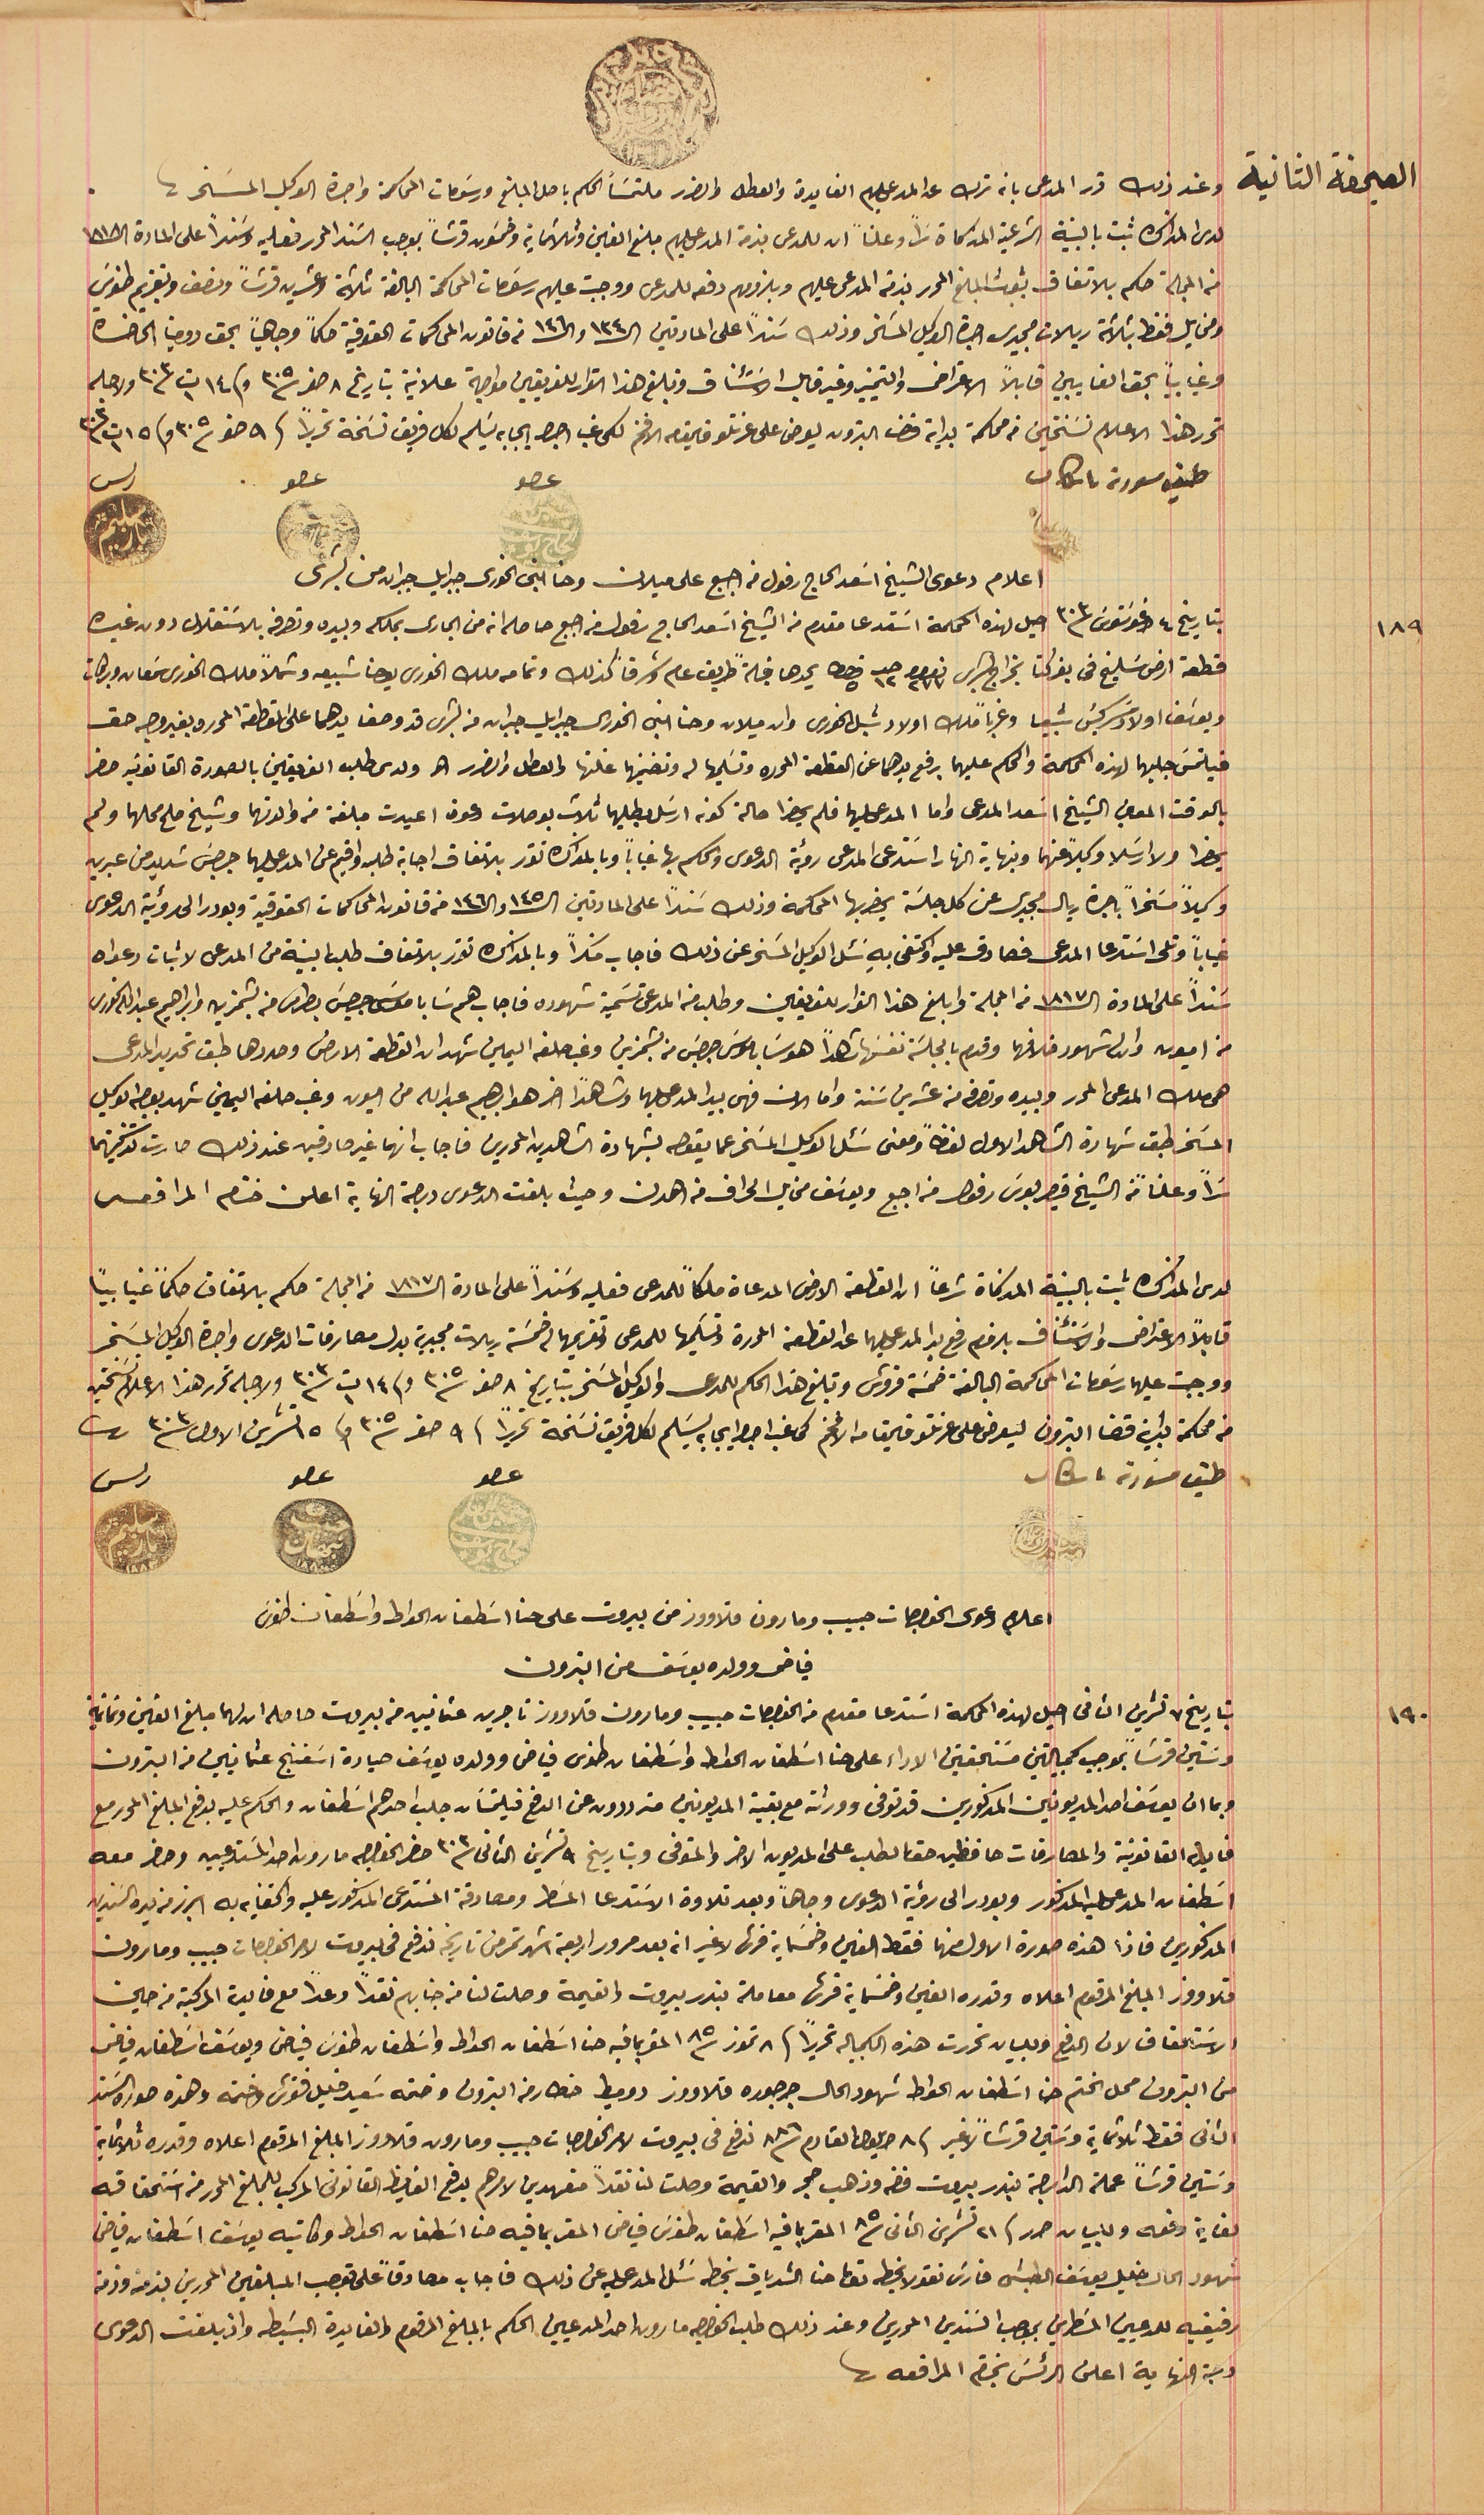
وعند ذلك قرر المدعى بانه ترك عن المدعى عليهم الفايدة والعطل والضرر ملتمسَاً الحكم باصل المبلغ ورسَومات المحاكمة واجرة الوكيل المسَخر.
لدى المذاكرة ثبت بالبينة الشرعيةالمذكاة سراً وعلناً ان للمدعى بذمة المدعى عليهم مبلغ الفين وثلاثماية وخمسَون قرشاً بموجب السَند المحرر فعليه وسَنداً على المادة الـ ١٨١٨
من المجلة حكم بالاتفاق بثبوت المبلغ المحرر بذمة المدعى عليهم وبلزومهم دفعه للمدعى ووجبت عليهم رسَومات المحاكمة البالغة ثلاثة وعشرين قرشاً ونصف وتقديم طنوسَ
ومخايل فقط بثلاثة ريالات مجيدى اجرة الوكيل المسَخر وذلك سَنداً على المادتين الـ١٣٤ والـ١٤٦ من قانون المحاكمات الحقوقية حكماً وجاهياً بحق دومينا الحاضرة
وغيابياً بحق الغايبين قابلاً الاعتراض والتمييز وغير قابل الاسَتئناف وتبلغ هذا القرار للفريقين مواجهة علانية بتاريخ ٨ صفر سنة ٣٠٥ وفى ١٤ ت١ سنة ٣٠٣ ولاجله
تحرر هذا الاعلام نسَختين من محكمة بداية قضا البترون يعرض على عزتلو قايمقام الافخم لكى غب اجرا ايجابه يسَلم لكل فريق نسَخة تحريراً فى ٩ صفر  سنة ٣٠٥ وفى ١٥ ت١ سنة ٣٠٣
طبق مسودة باشكاتب
اعلام دعوى الشيخ اسَعد الحاج رفول من اجبع على ميلان وحنا ابنى الخورى جبرايل جبران من بشرى
١٨٩
 بتاريخ ٤ اغوسَتوس سنة ٣٠٣ احيل لهذه المحكمة اسَتدعا مقدم من الشيخ اسَعد الحاج رفول من اجبع حاصله انه من الجارى بملكه وبيده وتصرفه بالاسَتقلال دون غيره
قطعة ارض سَليخ فى بعزكتا بخراج بشرى نمرو ٢٧٧ حبه ١٢ قيراط ٥ يحدها قبلةً طريق عام وشرقاً كذلك وتمامه ملك الخورى يوحنا شبيعه وشمالاً ملك الخورى سَمعان وبركات
ويوسَف اولاد سَركيسَ شبيعا وغرباً ملك اولاد شبل الخورى وان ميلان وحنا ابنى الخورى جبرايل جبران من بشرى قد وضعا يدهما على القطعة المحرره بغير وجه حق
فيلتمسَ جلبهما لهذه المحكمة والحكم عليهما برفع يدهما عن القطعة المحرره وتسَليمها له وتضمينها غلتها والعطل والضرر الخ ولدى طلب الفريقين بالصورة القانونيه حضر
يحضرا ولا ارسَلا وكيلاً عنهما وبنهاية النهار اسَتدعى المدعى رؤية الدعوى والحكم بها غياباً وبالمذاكره تقرر بالاتفاق اجابة طلبه واقيم عن المدعى عليهما جرجسَ شديد من عبرين
وكيلاً مسَخراً باجرة ريال مجيدى عن كل جلسَة يحضر بها المحكمة وذلك سَنداً على المادتين الـ ١٤٥ والـ ١٤٦ من قانون المحاكمات الحقوقية وبودر الى رؤيةَ الدعوى
غياباً وتلى اسَتدعا المدعى فصادق عليه واكتفى بهِ سَئل الوكيل المسَخر عن ذلك فاجاب منكراً وبالمذاكره تقرر بالاتفاق طلب البينة من المدعى لاثبات دعواه
سَنداً على المادة الـ١٨١٧ من المجلة وابلغ هذا القرار للفريقين وطلب من المدعى تسَمية شهوده فاجاب هم سَابا موسَى جرجسَ بطرس من بشمزين وابراهيم عبد الله الخورى
من اميون وادلى شهود خلافهما وقدم بالجلسَة نفسَها شاهداً هو سَابا موسَى جرجسَ بطرس من بشمزين وغب حلفه اليمين شهد ان القطعة الارض وحددها طبق تحديد المدعى
هي ملك المدعى المحرر وبيده وتصرفه من عشرين سَنة واما الان فهى بيد المدعى عليهما وشاهداً اخر هو ابراهيم عبدالله من اميون وغب حلفه اليمين شهد بوصيه الوكيل
المسَخر طيق شهادة الشاهد الاول لفظاً ومعنى سَئل الوكيل المسَخر عما يقوله بشهادة الشاهدين المحررين فاجاب انهما غير صادقين عند ذلك صارت تذكيتهما
سَراً وعلناً من الشيخ قيصر بولسَ رفول من اجبع ويوسَف مخايل الحراق من اهدن وحيث بلغت الدعوى درجة النهاية اعلن ختام المرافعه
لدى المذاكره ثبت بالبينة المذكاة شرعاً ان القطعة الارض المدعاة ملكاً للمدعى فعليِه وسَنداً على المادة الـ ١٨١٧ من المجلة حكم بالاتفاق حكماً غيابياً
قابلاً الاعتراض والاسَتئناف بلزوم رفع يد المدعى عليهما عن القطعة المحررة وتسَليمها للمدعى وتقديمهما له خمسَة ريالات مجيدية بدل مصارفات الدعوى واجرة الوكيل المسَخر
ووجبت عليهما رسَومات المحاكمة البالغة خمسَة قروش وتبلغ هذا الحكم للمدعى والوكيل المسَخر بتاريخ ٨ صفر سنة ٣٠٥ وفى ١٤ ت١ سنة ٣٠٣ ولاجله تحرر هذا الاعلام نسَختين
من محكمة بداية قضا البترون ليعرض على عزتلو قايمقام الافخم كى غب اجرا ايجابه يسَلم لكل فريق نسَخة تحريراً فى ٩ صفر سنة ٣٠٥ وفى ١٥ تشرين الاول سنة ٣٠٣.
طبق مسودة باشكاتب
اعلام دعوى الخواجات حبيب ومارون قلاووز من بيروت على حنا اسَطفان الحواط واسَطفان طنوسَ
فياض وولده يوسَف من البترون
بتاريخ ٧ تشرين الثانى احيل لهذه المحكمة اسَتدعا مقدم من الخواجات حبيب ومارون قلاووز تاجرين عثمانيين من بيروت حاصله ان لهما مبلغ الفين وثمانية
وسَتين قرشاً بموجب كمبيالتين مسَتحقتين الاداء على حنا اسَطفان الحواط واسَطفان طنوس فياض وولده يوسَف صيادة اسَفنج عثمانيين من البترون
وبما ان يوسَف احد المديونين المذكورين قد توفى وورثته مع بقية المديونين مترددون عن الدفع فيلتمسَان جلب احدهم اسَطفان والحكم عليه بدفع المبلغ المحرر مع
فايدة القانونية والمصارفات حافظين حق الطلب على المديون الاخر والمتوفى وبتاريخ ٩ تشرين الثانى سنة ٣٠٣ حضر الخواجه مارون احد المسَتدعيين وحضر معه
اسَطفان المدعى عليه المذكور وبودر الى رؤية الدعوى وجاهاً وبعد تلاوة الاسَتدعا المسَطر ومصادقة المسَتدعى المذكور عليه واكتفايه به ابرز من يده السندين
 المذكورين فاذا هذه صورة الاول منها فقط الفين وخمسَماية قرش لا غير انه بعد مرور اربعة اشهر تمر من تاريخه فدفع فى بيروت لامر الخواجات حبيب ومارون
قلاووز المبلغ المرقوم اعلاه وقدره الفين وخمسَماية قرش معاملة بندر بيروت والقيمة وصلت لنا من جنابهم نقداً وعداً مع فايدة المركبة من حين
 الاسَتحقاق لان الدفع وللبيان تحررت هذه الكمبياله تحريراً فى ٨ تموز سنة ٨٥ المقر بما فيه حنا اسَطفان الحواط واسَطفان طنوسَ فياض ويوسَف اسَطفان فياض
من البترون محل الختم حنا اسَطفان الحواط شهود الحال جرجوره قلاووز دوميط خطار من البترون وختمه سَعيد خليل فتوش وختمه وهذه صورة السَند
الثانى فقط ثلاثماية وسَتين قرشاً لا غير فى ٨ ايلول القادم سنة ٨٨٦ تدفع فى بيروت لامر الخواجات حبيب ومارون قلاووز المبلغ المرقوم اعلاه وقدره ثلاثماية
وسَتين قرشاً عملة الدارجة بندر بيروت فضه وذهب حجر والقيمة وصلت لنا نقداً متعهدين لامرهم بدفع الفايظ القانونى المركب للمبلغ المحرر من اسَتحقاقه
لغاية دفعه وللبيان حرر فى ٢١ تشرين الثانى سنة ٨٥ المقر بما فيه اسَطفان طنوسَ فياض المقر بما فيه حنا اسَطفان الحواط وكاتبه يوسَف اسَطفان فياض
 شهود الحال خليل يوسَف الطبش فارسَ نقولا بخطه توما حنا الشدياق بخطه سَئل المدعى عليه عن ذلك فاجاب مصادقاً على توجب المبلغين المحررين بذمته وذمة
رفيقيه للمدعيين المسَطرين بموجب السَندين المحررين وعند ذلك طلب الخواجه مارون احد المدعيين الحكم بالمبلغ المرقوم والفايدة البسَيطه واذ بلغت الدعوى
دجة النهاية اعلن الرئسَ بختم المرافعه.
بالوقت المعين الشيخ اسَعد المدعى واما المدعى عليهما فلم يحضرا حالة كونه ارسَل بطلبهما ثلاث بوصلات دعوة اعيدت مبلغة من والدتهما وشيخ صلح محلهما ولم
١٩٠
الصحيفة الثانية
محكمة بدايت قضاء بترون ١٣٠١
عضو حسين العلم الحاج يوسف
عضو حبيب نبهان ١٨٨٠
رىس سليم باز ١٨٨٣
عضو حسين العلم الحاج يوسف
عضو حبيب نبهان ١٨٨٠
رىس سليم باز ١٨٨٣